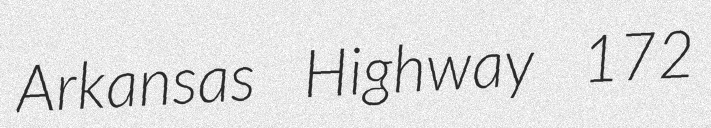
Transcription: Arkansas Highway 172